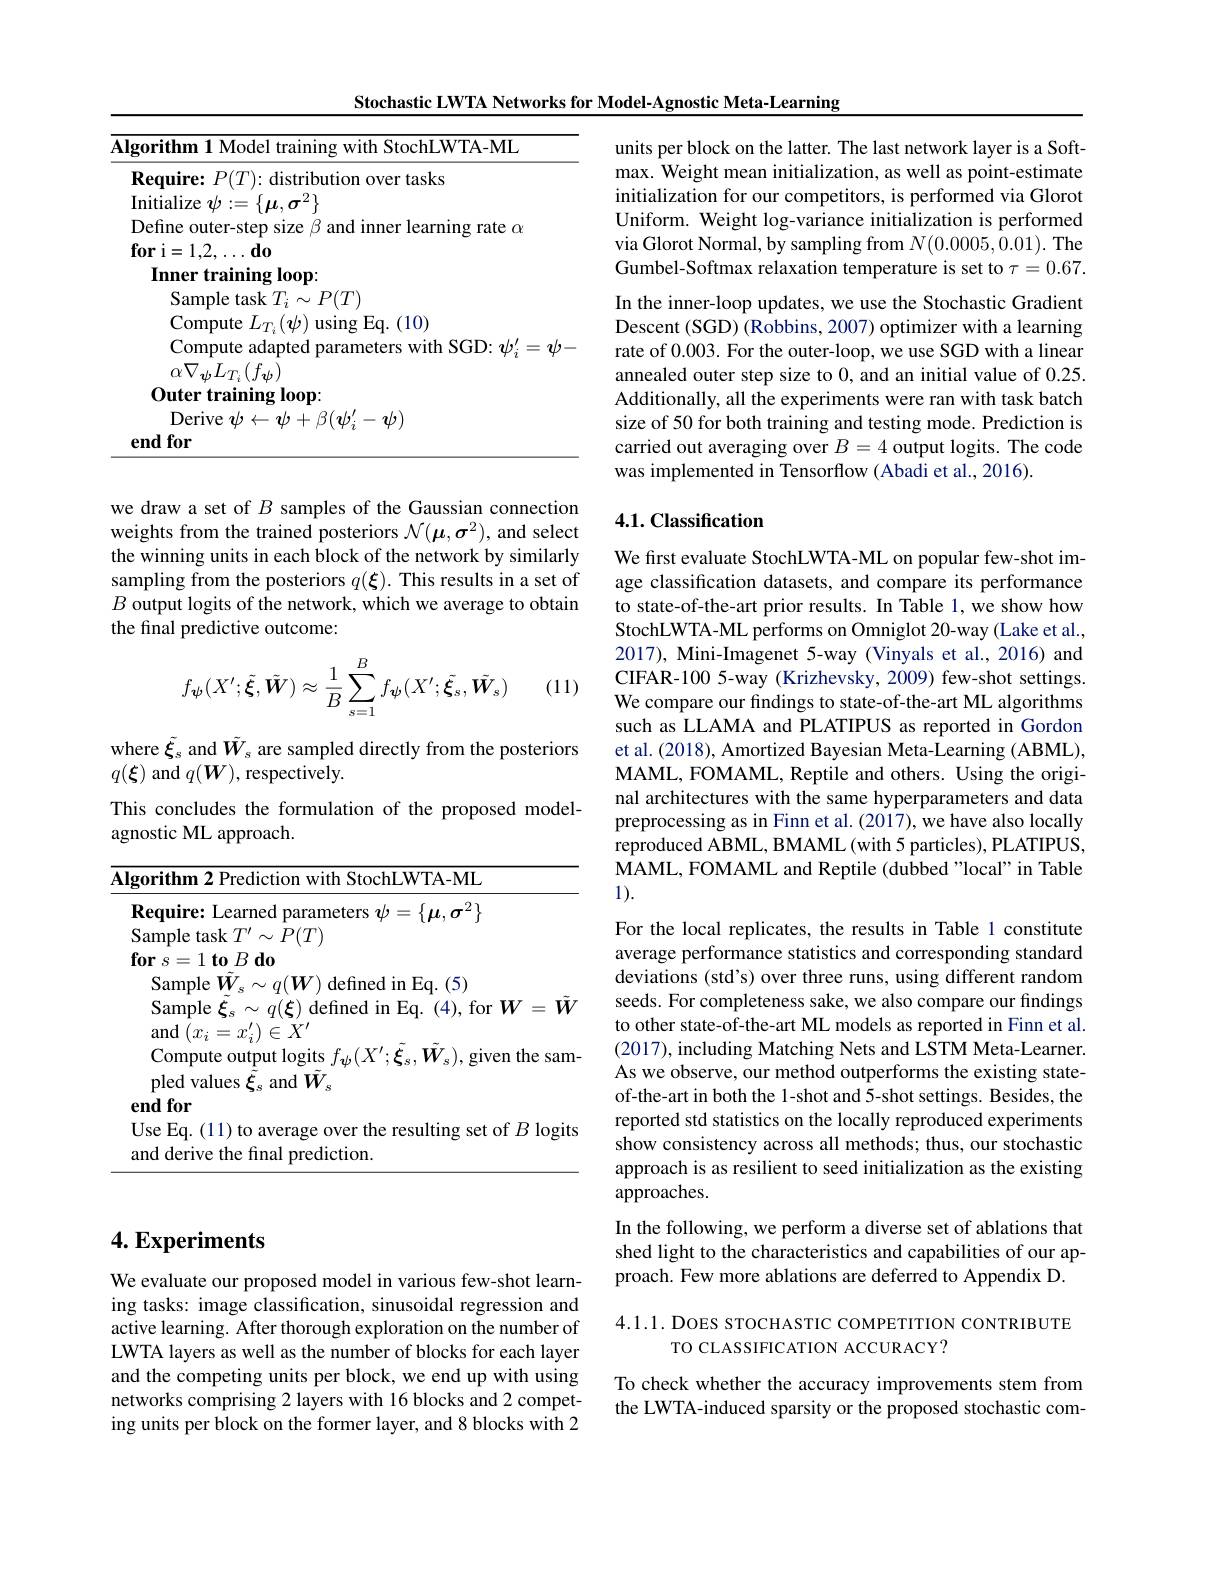
## $4. \textbf{Experiments}$

We evaluate our proposed model in various few-shot learning tasks: image classification, sinusoidal regression and active learning. After thorough exploration on the number of LWTA layers as well as the number of blocks for each layer and the competing units per block, we end up with using networks comprising 2 layers with 16 blocks and 2 competing units per block on the former layer, and 8 blocks with 2

Stochastic LWTA Networks for Model-Agnostic Meta-Learning
<table>
	<tbody>
		<tr>
			<td>Ms</td>
			<td>hm 1 Model training with StochLWTA-ML</td>
		</tr>
	</tbody>
</table>

we draw a set of $B$ samples of the Gaussian connection weights from the trained posteriors $\mathcal{N}(\boldsymbol{\mu},\boldsymbol{\sigma}^2)$, and select the winning units in each block of the network by similarly sampling from the posteriors $q(\boldsymbol\xi).$ This results in a set of $B$ output logits of the network, which we average to obtain the final predictive outcome:

(11)
$$f_{\psi}(X';\tilde{\boldsymbol{\xi}},\tilde{\boldsymbol{W}})\approx\frac{1}{B}\sum_{s=1}^{B}f_{\boldsymbol{\psi}}(X';\tilde{\boldsymbol{\xi}}_{s},\tilde{\boldsymbol{W}}_{s})$$
where $\tilde{\xi}_s$ and $\tilde{W}_s$ are sampled directly from the posteriors
$q(\boldsymbol{\xi})$ and $q(\boldsymbol W)$, respectively.
This concludes the formulation of the proposed model-
agnostic ML approach.

<table>
	<tbody>
		<tr>
			<td>$0uuput1$ $J_{\mathrm{SIL}}$ $s$ $J\psi ( \Lambda$ $; \xi _{s}, W_{s}) $,g pled values $\xi_s$ and $W_{\mathrm{s}}$ endfor</td>
			<td> </td>
			<td>pled values $\xi_s$ and $W_s$ $\mathbf{ndfor}$</td>
		</tr>
		<tr>
			<td>Use Eq. (11) to average over the resulting set of and derive the final prediction.</td>
			<td> </td>
			<td>se Eq.(11) to average over the resulting set of $B$ logits nd derive the final prediction.</td>
		</tr>
	</tbody>
</table>

units per block on the latter. The last network layer is a Softmax. Weight mean initialization, as well as point-estimate initialization for our competitors, is performed via Glorot Uniform. Weight log-variance initialization is performed via Glorot Normal, by sampling from $N(0.0005,0.01).$ The Gumbel-Softmax relaxation temperature is set to $\tau=0.67.$ In the inner-loop updates, we use the Stochastic Gradient Descent (SGD) (Robbins, 2007) optimizer with a learning rate of 0.003. For the outer-loop, we use SGD with a linear annealed outer step size to 0, and an initial value of 0.25. Additionally, all the experiments were ran with task batch size of 50 for both training and testing mode. Prediction is carried out averaging over $B=4$ output logits. The code was implemented in Tensorflow (Abadi et al., 2016).

## 4.1. Classification

We first evaluate StochLWTA-ML on popular few-shot image classification datasets, and compare its performance to state-of-the-art prior results. In Table 1, we show how StochLWTA-ML performs on Omniglot 20-way (Lake et al. 2017), Mini-Imagenet 5-way (Vinyals et al., 2016) and CIFAR-100 5-way (Krizhevsky, 2009) few-shot settings. We compare our findings to state-of-the-art ML algorithms such as LLAMA and PLATIPUS as reported in Gordon et al. (2018), Amortized Bayesian Meta-Learning (ABML), MAML, FOMAML, Reptile and others. Using the original architectures with the same hyperparameters and data preprocessing as in Finn et al. (2017), we have also locally reproduced ABML, BMAML (with 5 particles), PLATIPUS, MAML, FOMAML and Reptile (dubbed "local" in Table 1).

For the local replicates, the results in Table 1 constitute average performance statistics and corresponding standard deviations (std's) over three runs, using different random seeds. For completeness sake, we also compare our findings to other state-of-the-art ML models as reported in Finn et al. (2017), including Matching Nets and LSTM Meta-Learner. As we observe, our method outperforms the existing stateof-the-art in both the 1-shot and 5-shot settings. Besides, the reported std statistics on the locally reproduced experiments show consistency across all methods; thus, our stochastic approach is as resilient to seed initialization as the existing approaches.

In the following, we perform a diverse set of ablations that shed light to the characteristics and capabilities of our approach. Few more ablations are deferred to Appendix D.

4.1.1. DOES STOCHASTIC COMPETITION CONTRIBUTE
TO CLASSIFICATION ACCURACY?

To check whether the accuracy improvements stem from the LWTA-induced sparsity or the proposed stochastic com-